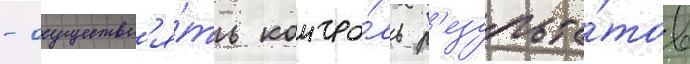
- осуществл'я́ть контро́ль р'езульта́тов